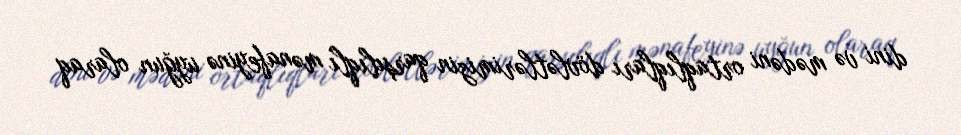
dini və mədəni ortaqlıqları dövlətlərimizin qarşılıqlı mənafeyinə uyğun olaraq